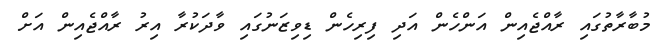
މުބާރާތުގައި ރާއްޖެއިން އަންހެން އަދި ފިރިހެން ޑިވިޒަނުގައި ވާދަކުރާ އިރު ރާއްޖެއިން އަށް